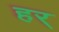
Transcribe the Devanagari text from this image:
हर्